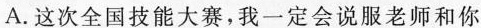
A.这次全国技能大赛，我一定会说服老师和你